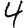
Digit: 4